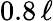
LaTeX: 0.8\, \ell